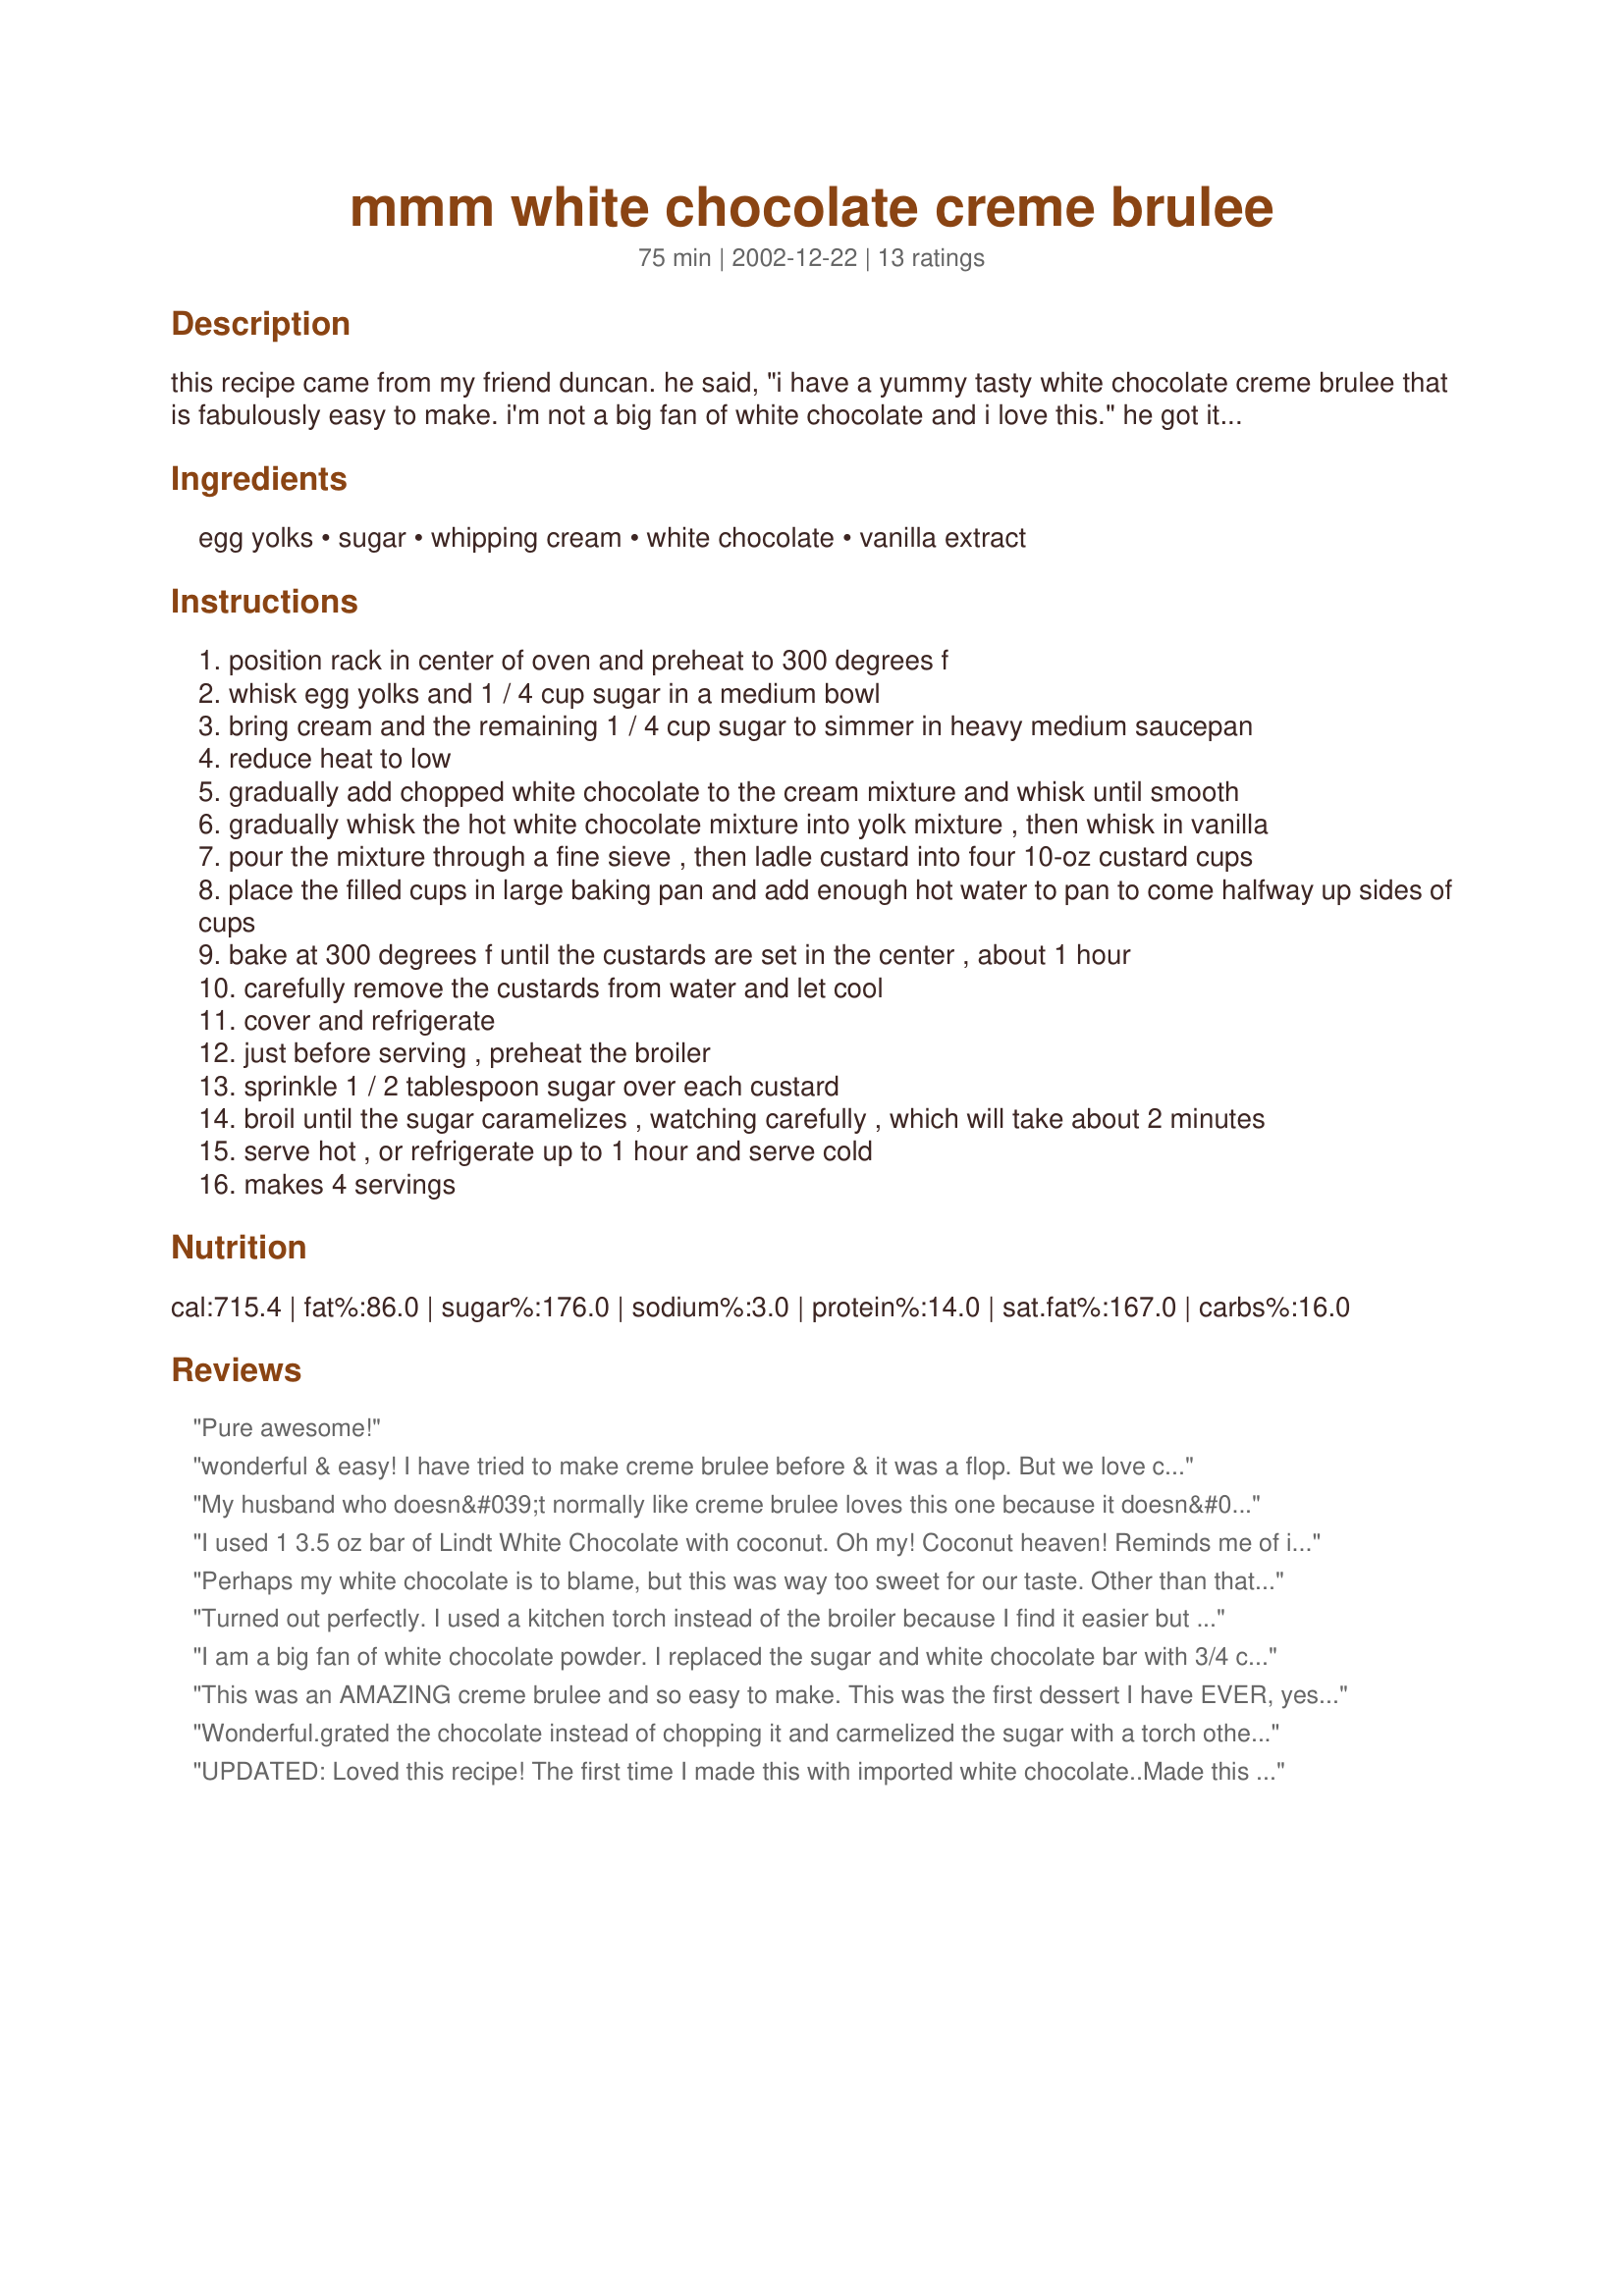
mmm white chocolate creme brulee
Preparation time: 75 minutes

this recipe came from my friend duncan. he said, "i have a yummy tasty white chocolate creme brulee that is fabulously easy to make. i'm not a big fan of white chocolate and i love this." he got it from the portobello yacht club.

Ingredients:
egg yolks, sugar, whipping cream, white chocolate, vanilla extract

Steps:
position rack in center of oven and preheat to 300 degrees f
whisk egg yolks and 1 / 4 cup sugar in a medium bowl
bring cream and the remaining 1 / 4 cup sugar to simmer in heavy medium saucepan
reduce heat to low
gradually add chopped white chocolate to the cream mixture and whisk until smooth
gradually whisk the hot white chocolate mixture into yolk mixture , then whisk in vanilla
pour the mixture through a fine sieve , then ladle custard into four 10-oz custard cups
place the filled cups in large baking pan and add enough hot water to pan to come halfway up sides of cups
bake at 300 degrees f until the custards are set in the center , about 1 hour
carefully remove the custards from water and let cool
cover and refrigerate
just before serving , preheat the broiler
sprinkle 1 / 2 tablespoon sugar over each custard
broil until the sugar caramelizes , watching carefully , which will take about 2 minutes
serve hot , or refrigerate up to 1 hour and serve cold
makes 4 servings

Reviews:
Pure awesome!
wonderful & easy! I have tried to make creme brulee before & it was a flop. But we love creme brulee & I tried this recipe, which was a huge success and easy! We used the lindt white chocolate with coconut! The kids & DH loved it! I highly recommend, what a treat!
My husband who doesn&#039;t normally like creme brulee loves this one because it doesn&#039;t taste overly eggy. This is my go-to creme brulee recipe.
I used 1 3.5 oz bar of Lindt White Chocolate with coconut. Oh my! Coconut heaven! Reminds me of ice cream I had in Mexico years ago. Great recipe!!!! Thank you Julesong.
Perhaps my white chocolate is to blame, but this was way too sweet for our taste. Other than that, the creme brulee was very nice tasting indeed. Not 'eggy' tasting either, which is a plus in my book. Thank you for posting.
Turned out perfectly. I used a kitchen torch instead of the broiler because I find it easier but otherwise followed the recipe exactly.
I am a big fan of white chocolate powder. I replaced the sugar and white chocolate bar with 3/4 cup WC powder. I divided it just like the sugar and made according to directions. Then for a bigger bonus I melted dark chocolate chips and a little left over creme to make a ganache topping. My only warning...if you make it ahead of time there might not be any left. Serioulsy incredible. I had to let it cook a little longer too...about 15 minutes more.
This was an AMAZING creme brulee and so easy to make. This was the first dessert I have EVER, yes ever, tried to make (I am a 25 year old man). I made the dessert for my wife and followed the directions exactly, with the only exception being that I used a torch in the place of a broiler for the caramelizing. Thank you for bringing my favorite dessert from fine dining into my kitchen!
Wonderful.grated the chocolate instead of chopping it and carmelized the sugar with a torch otherwise followed recipe. served with fresh strawbwerries, blueberries and a strawberry puree
UPDATED: Loved this recipe! The first time I made this with imported white chocolate..Made this a second time with white chocolate chips; however, after refrigerating the butterfat congealed on top of the creme brulee..not so appetizing...so be warned --DON'T use white chocolate chips.
Awsome stuff - an amazing version of this wonderful dessert. Save this one for your future wife or husband, and indulge your good friends so they will warm your home.

I agree with SaraD202, you have to use the Brulee torch (fire it up).
We enjoyed this dessert last night at a friend's home. Delicious!
This was amazing! I made it today and my family loved it! I used Ghiredelli White Chocolate Vanilla Dream which has vanilla beans in it. Fabulous! Thanks!<br/><br/>Update>>I've made in two more times since this first post. Tonight I actually deviated and used Ghiradelli Semi-Sweet Chocolate instead of white chocolate. Delicious and very rich! It tasted like Chocolate Pot de Creme with a crunchy top! Loved it! Next time I want to use the Chili Dark Chocolate for a spicy kick! thanks again!
